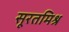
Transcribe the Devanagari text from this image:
सूरतमिश्र